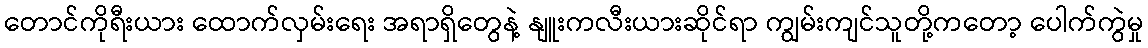
တောင်ကိုရီးယား ထောက်လှမ်းရေး အရာရှိတွေနဲ့ နျူးကလီးယားဆိုင်ရာ ကျွမ်းကျင်သူတို့ကတော့ ပေါက်ကွဲမှု